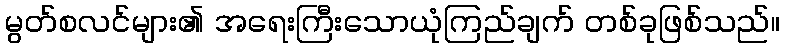
မွတ်စလင်များ၏ အရေးကြီးသောယုံကြည်ချက် တစ်ခုဖြစ်သည်။